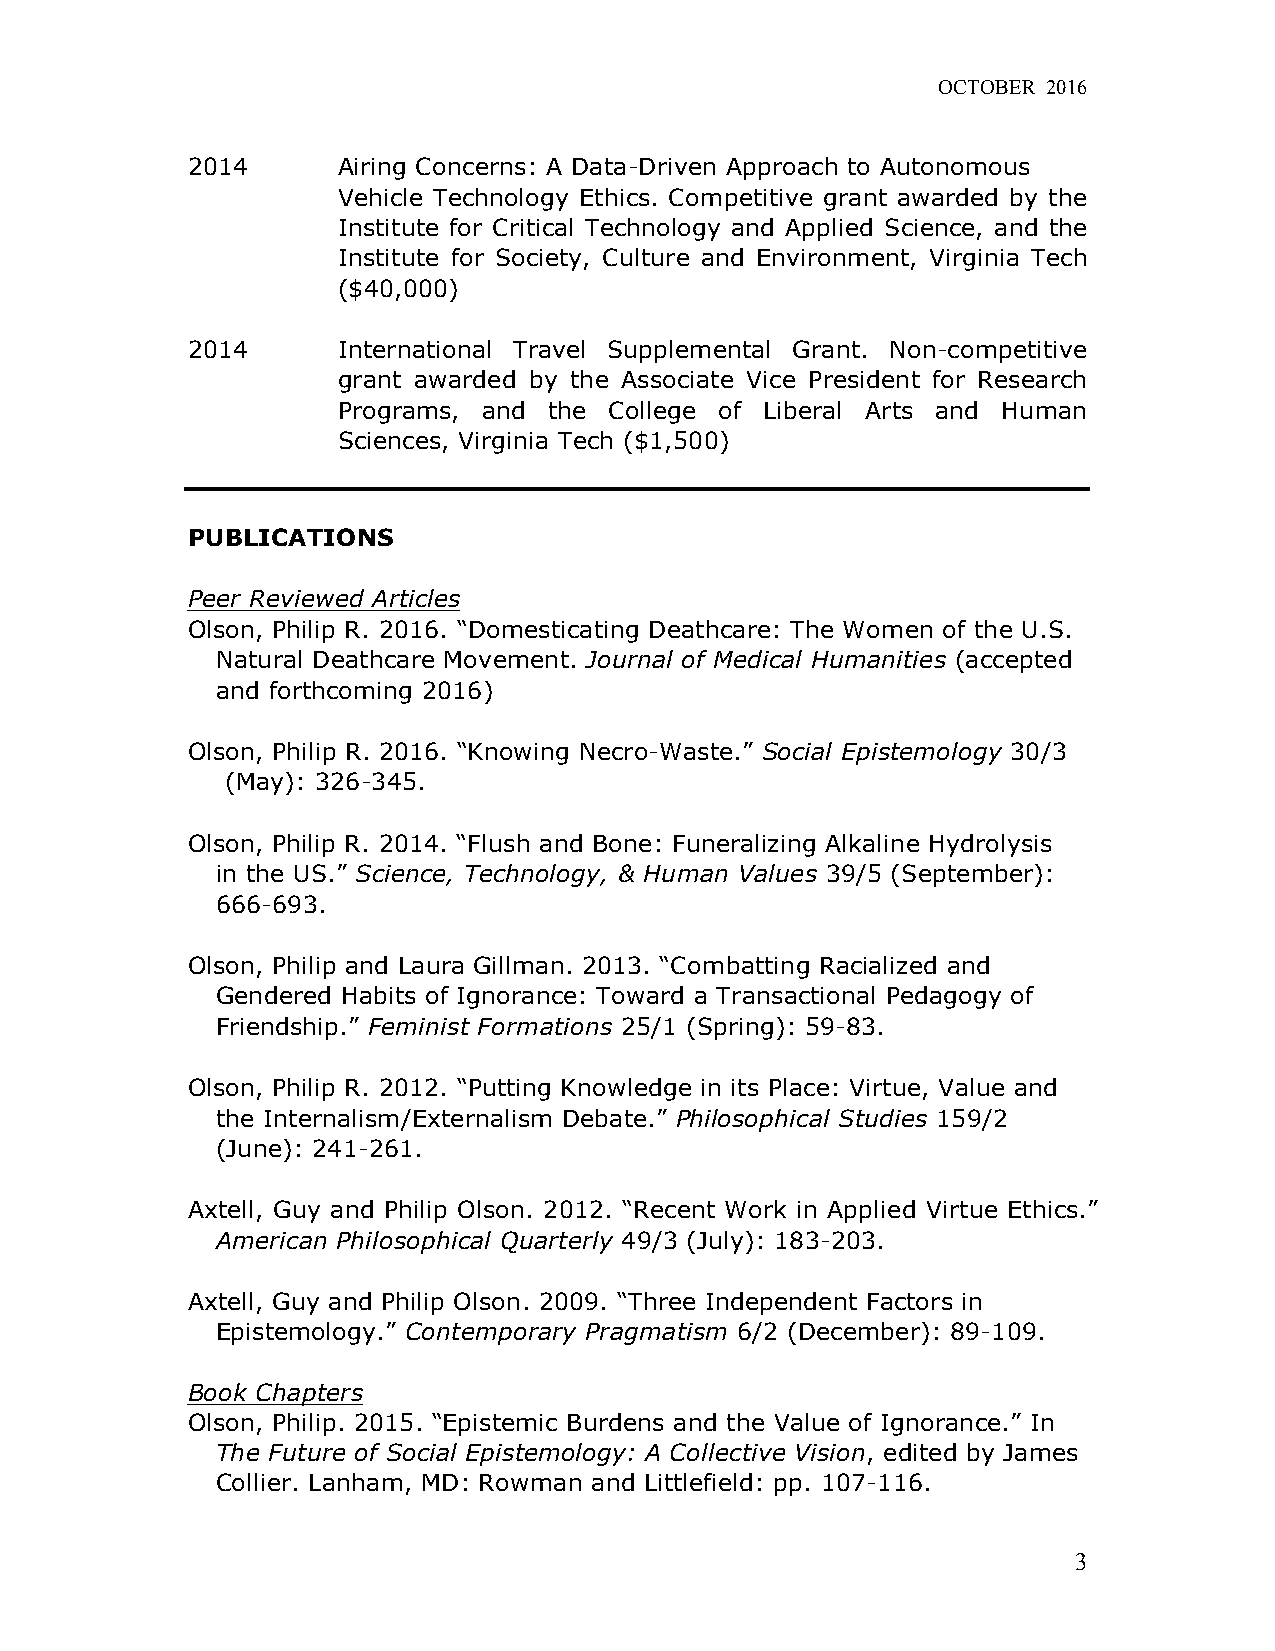
OCTOBER 2016
 2014      Airing Concerns: A Data-Driven Approach to Autonomous
 Vehicle Technology Ethics. Competitive grant awarded by the
 Institute for Critical Technology and Applied Science, and the
 Institute for Society, Culture and Environment, Virginia Tech
 ($40,000)
 2014      International Travel Supplemental Grant. Non-competitive
 grant awarded by the Associate Vice President for Research
 Programs, and the College of Liberal Arts and Human
 Sciences, Virginia Tech ($1,500)
 PUBLICATIONS
 Peer Reviewed Articles
 Olson, Philip R. 2016. “Domesticating Deathcare: The Women of the U.S.
 Natural Deathcare Movement. Journal of Medical Humanities (accepted
 and forthcoming 2016)
 Olson, Philip R. 2016. “Knowing Necro-Waste.” Social Epistemology 30/3
 (May): 326-345.
 Olson, Philip R. 2014. “Flush and Bone: Funeralizing Alkaline Hydrolysis
 in the US.” Science, Technology, & Human Values 39/5 (September):
 666-693.
 Olson, Philip and Laura Gillman. 2013. “Combatting Racialized and
 Gendered Habits of Ignorance: Toward a Transactional Pedagogy of
 Friendship.” Feminist Formations 25/1 (Spring): 59-83.
 Olson, Philip R. 2012. “Putting Knowledge in its Place: Virtue, Value and
 the Internalism/Externalism Debate.” Philosophical Studies 159/2
 (June): 241-261.
 Axtell, Guy and Philip Olson. 2012. “Recent Work in Applied Virtue Ethics.”
 American Philosophical Quarterly 49/3 (July): 183-203.
 Axtell, Guy and Philip Olson. 2009. “Three Independent Factors in
 Epistemology.” Contemporary Pragmatism 6/2 (December): 89-109.
 Book Chapters
 Olson, Philip. 2015. “Epistemic Burdens and the Value of Ignorance.” In
 The Future of Social Epistemology: A Collective Vision, edited by James
 Collier. Lanham, MD: Rowman and Littlefield: pp. 107-116.
 3